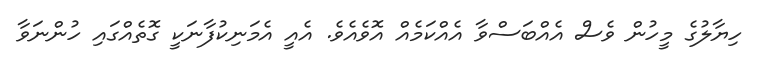
ހިޔާލުގެ މީހުން ވެސް އެއްބަސްވާ އެއްކަމެއް އޮވެއެވެ. އެއީ އެމަނިކުފާނަކީ ގޮތެއްގައި ހުންނަވާ